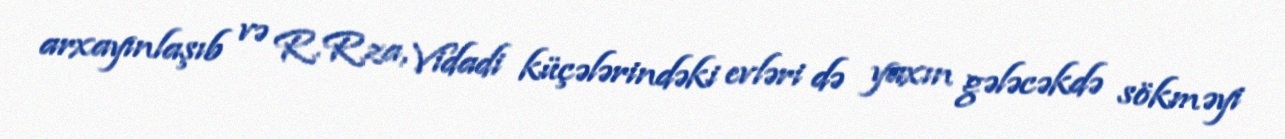
arxayınlaşıb və R.Rza, Vidadi küçələrindəki evləri də yaxın gələcəkdə sökməyi